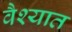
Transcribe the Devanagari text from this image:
वैश्यात